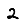
Digit: 2